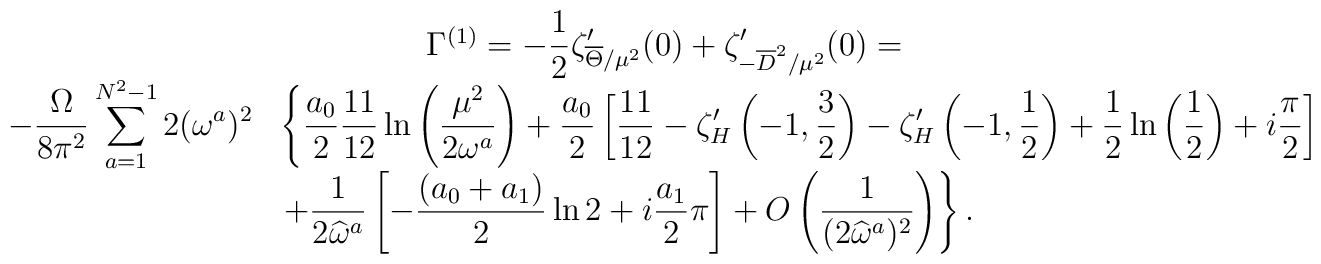
\begin{array}{c}\Gamma^{(1)} =\displaystyle -{1 \over 2} \zeta_{\overline{\Theta}/\mu^2}'(0) + \zeta_{-\overline{D}^2/\mu^2}'(0) =\\\begin{array}{ll}\displaystyle-{\Omega\over 8\pi^2}\sum_{a=1}^{N^2-1}2 (\omega^a)^2&\displaystyle\left\{{a_0\over 2} {11 \over 12} \ln\left( \mu^2 \over 2 \omega^a \right)+{a_0\over 2} \left[ {11 \over 12}- \zeta_H'\left( -1 , {3 \over 2} \right)- \zeta_H'\left( -1 , {1 \over 2} \right)+{1 \over 2}\ln\left( 1 \over 2 \right)+i {\pi \over 2}\right]  \right. \\&\displaystyle\left. +{1 \over 2\widehat{\omega}^a }\left[-{(a_0+a_1) \over 2} \ln 2 + i {a_1\over 2}\pi\right]+O\left( 1 \over ( 2\widehat{\omega}^a )^2 \right)\right\} .\end{array}\end{array}